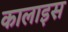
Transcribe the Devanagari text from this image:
कालाइस